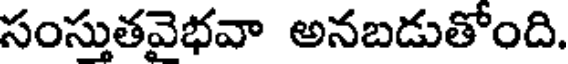
సంస్తుతవైభవా అనబడుతోంది.